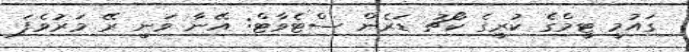
ގައުމީ ޓީމްގެ ކުރީގެ ކޯޗު ޑަރެން ސްޓެވާޓް: އޭނާ ވަނީ ރޭ މަރުވެފަ